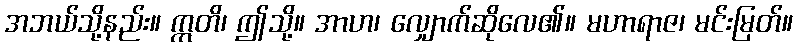
အဘယ်သို့နည်း။ ဣတိ၊ ဤသို့။ အာဟ၊ လျှောက်ဆိုလေ၏။ မဟာရာဇ၊ မင်းမြတ်။